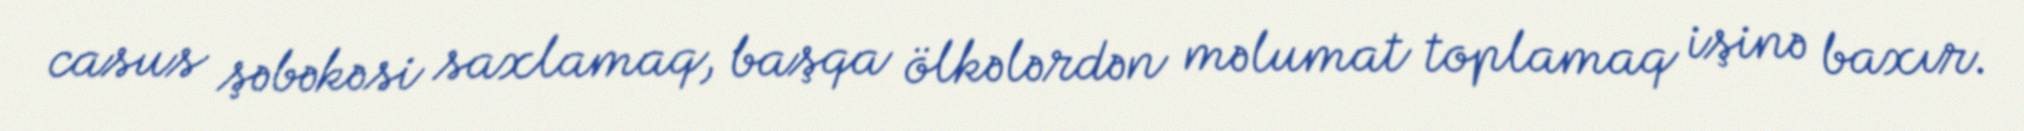
casus şəbəkəsi saxlamaq, başqa ölkələrdən məlumat toplamaq işinə baxır.